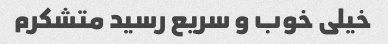
خیلی خوب و سریع رسید متشکرم